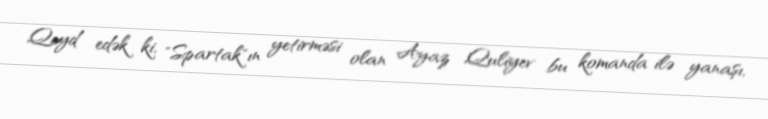
Qeyd edək ki, "Spartak"ın yetirməsi olan Ayaz Quliyev bu komanda ilə yanaşı,